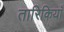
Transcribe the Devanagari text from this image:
तारिकियाँ